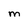
Character: m